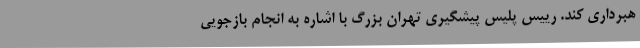
هبرداری کند. رییس پلیس پیشگیری تهران بزرگ با اشاره به انجام بازجویی